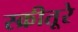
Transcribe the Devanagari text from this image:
स्क्रीतूरे